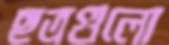
ছত্রগুলো